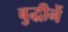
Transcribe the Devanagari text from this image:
बुद्धीनें